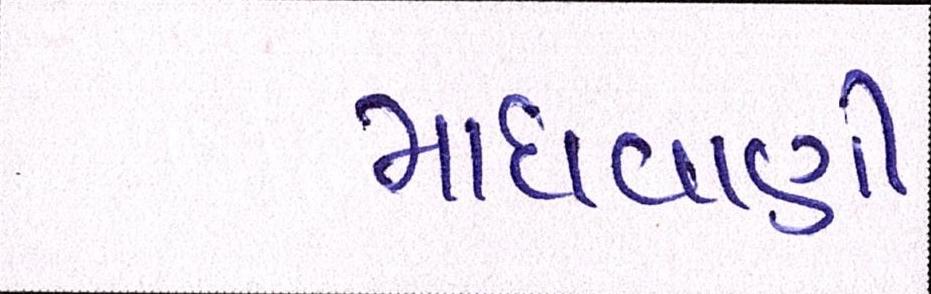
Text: માધવાણી